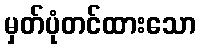
မှတ်ပုံတင်ထားသော